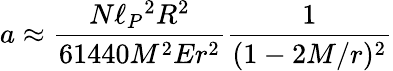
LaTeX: a\approx{\frac{N\ell_{P}{}^{2}R^{2}}{61440M^{2}Er^{2}}}{\frac{1}{(1-2M/r)^{2}}}